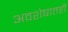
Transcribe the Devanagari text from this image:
अवशेषातही